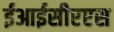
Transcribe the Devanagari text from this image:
ईआईसीएएस